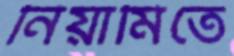
নিয়ামিতে